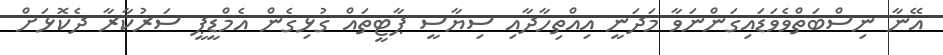
އޭނާ ނިސްބަތްވެވަޑައިގަންނަވާ މަދަނީ އިއްތިހާދާއި ސިޔާސީ ޕާޓީތައް ގުޅިގެން އެމްޑީީޕީ ސަރުކާރާ ދެކޮޅަށް